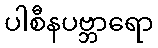
ပါစီနပဗ္ဘာရော